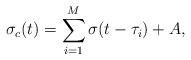
LaTeX: \begin{align*}\sigma_{c}(t) = \sum_{i=1}^M \sigma(t-\tau_i) + A,\end{align*}